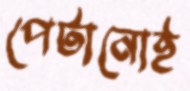
পেটানোই